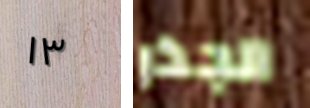
١٣ الجذر